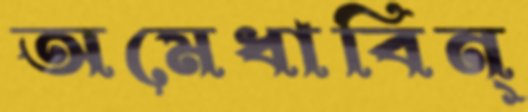
অমেধাবিন্